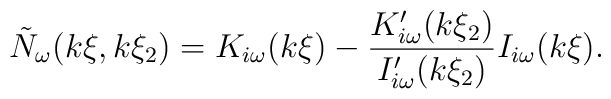
\tilde{N}_\omega (k\xi ,k\xi _2)=K_{i\omega }(k\xi)-\frac{K_{i\omega }^{\prime }(k\xi _2)}{I_{i\omega }^{\prime}(k\xi _2)}I_{i\omega }(k\xi ).